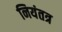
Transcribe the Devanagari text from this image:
नियंतत्र